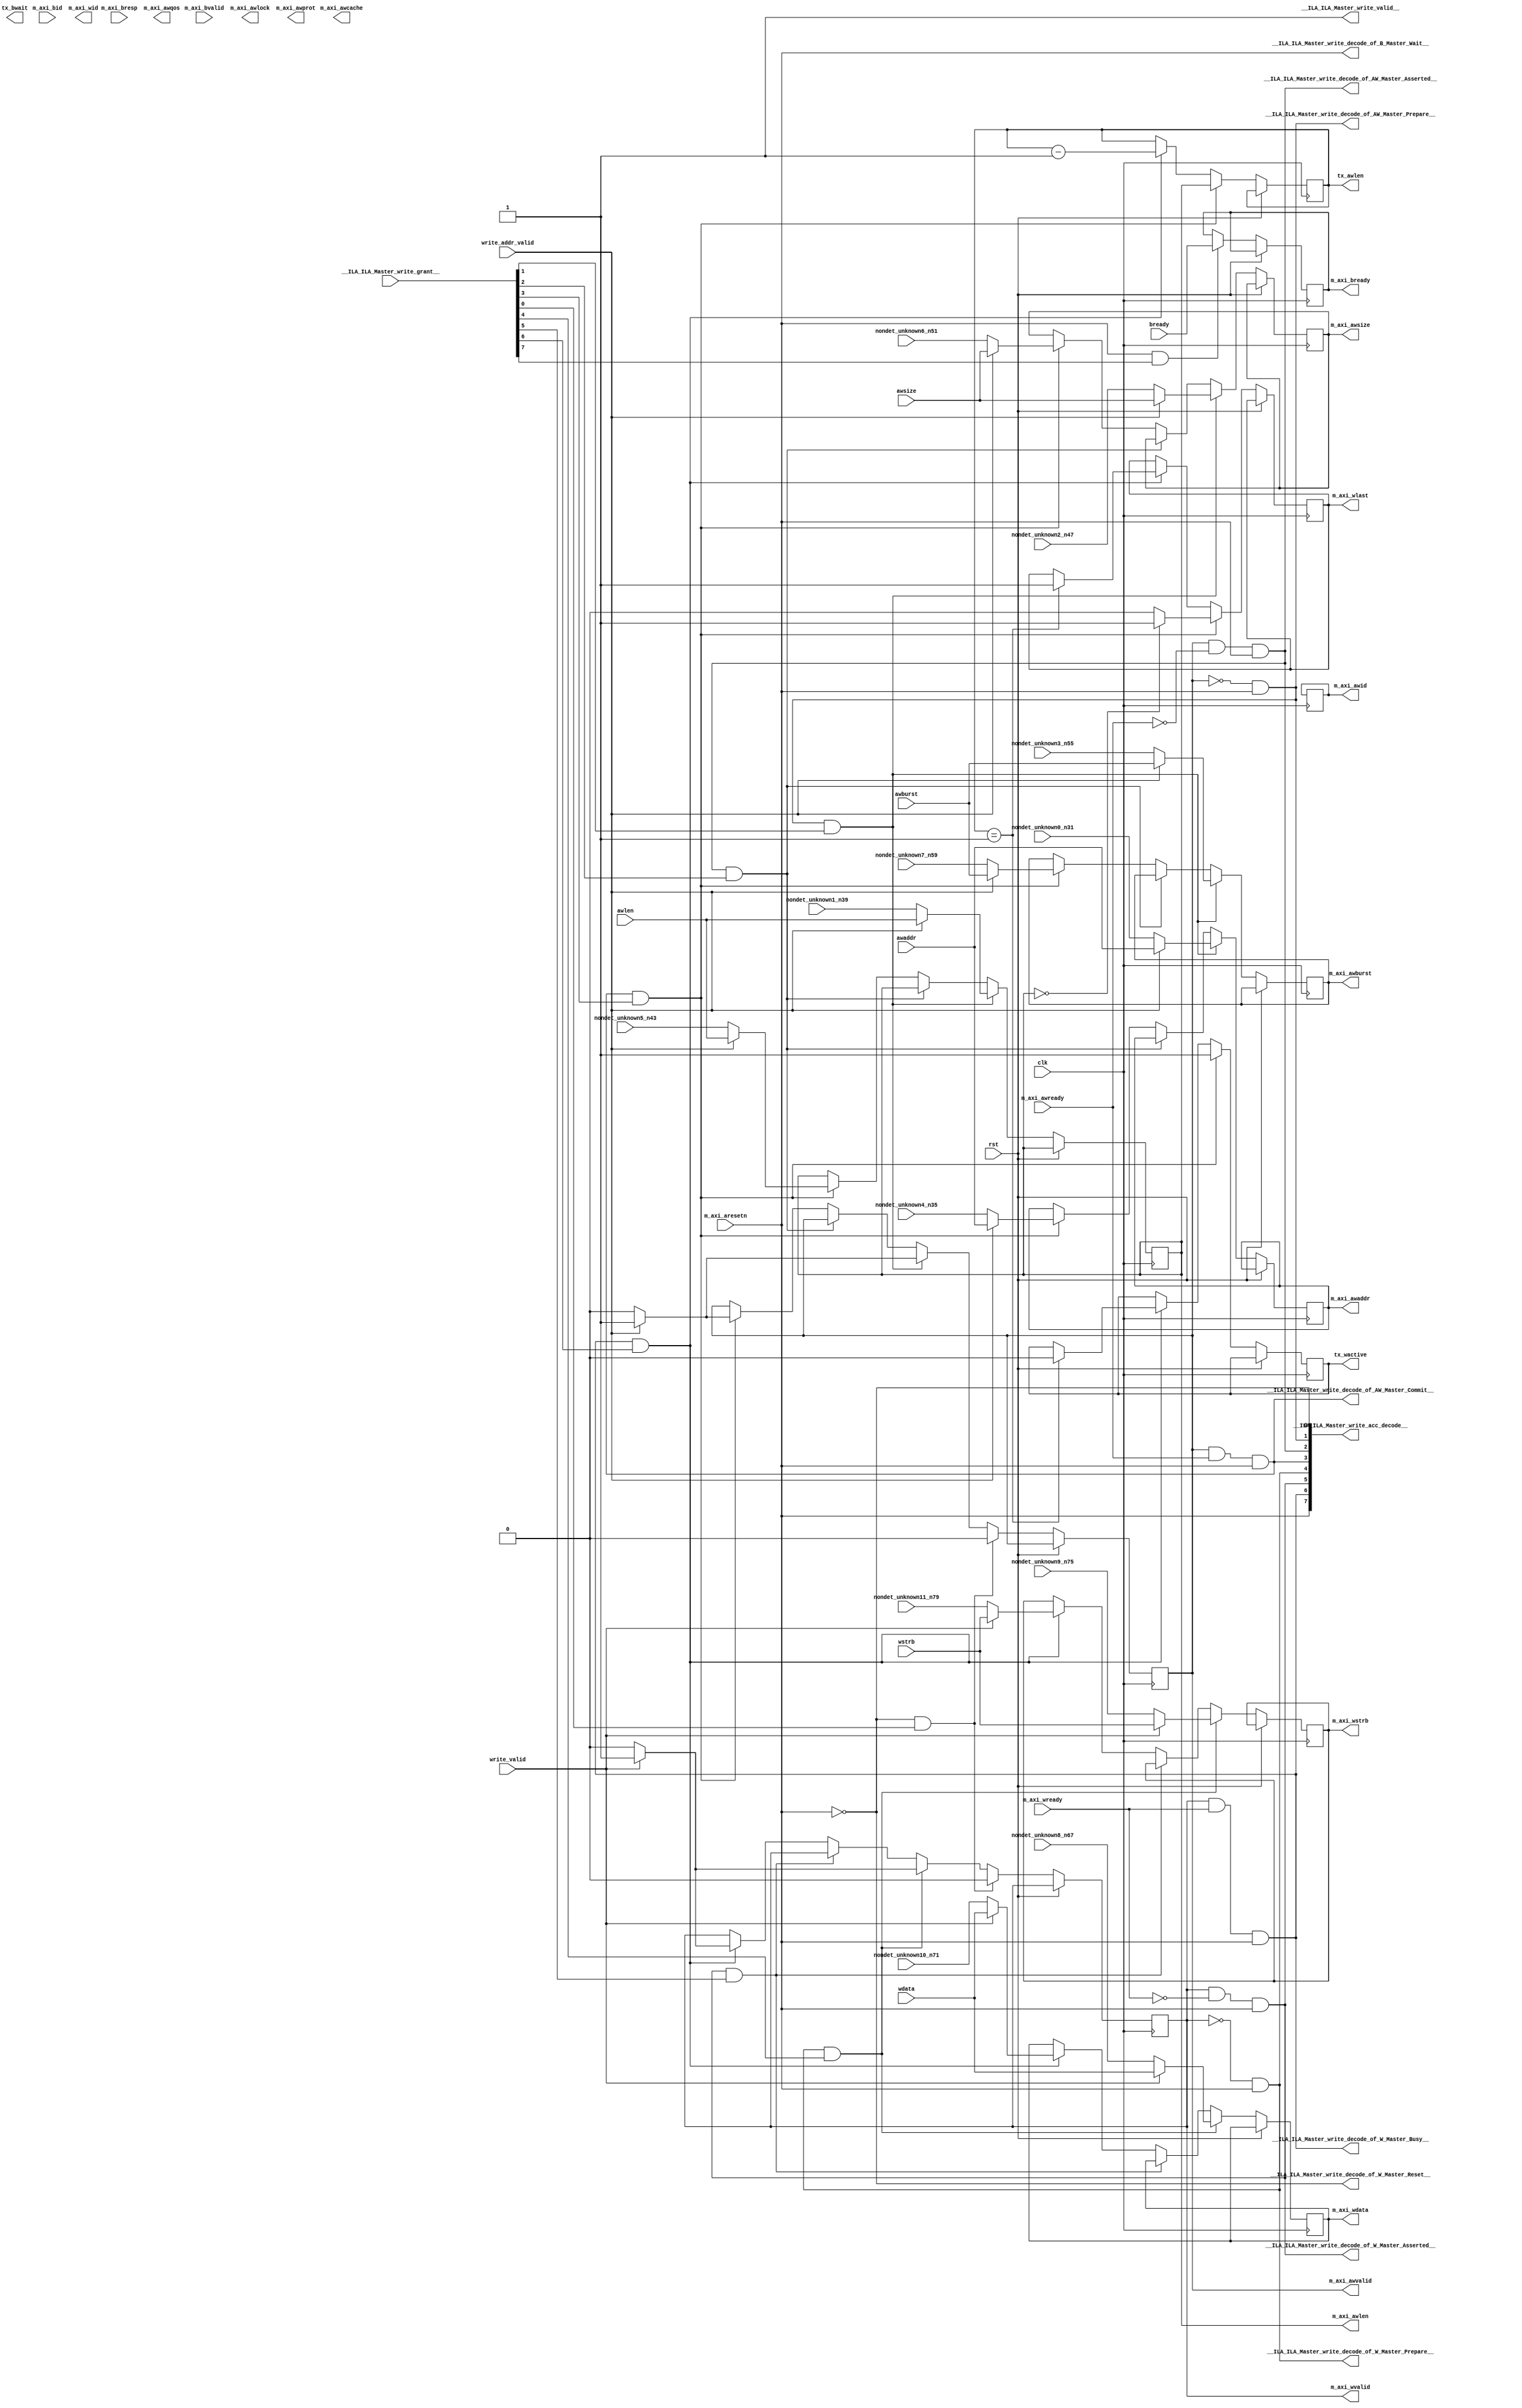
module ILA_Master_write(
__ILA_ILA_Master_write_grant__,
awaddr,
awburst,
awlen,
awsize,
bready,
clk,
m_axi_aresetn,
m_axi_awready,
m_axi_bid,
m_axi_bresp,
m_axi_bvalid,
m_axi_wready,
nondet_unknown0_n31,
nondet_unknown10_n71,
nondet_unknown11_n79,
nondet_unknown1_n39,
nondet_unknown2_n47,
nondet_unknown3_n55,
nondet_unknown4_n35,
nondet_unknown5_n43,
nondet_unknown6_n51,
nondet_unknown7_n59,
nondet_unknown8_n67,
nondet_unknown9_n75,
rst,
wdata,
write_addr_valid,
write_valid,
wstrb,
__ILA_ILA_Master_write_acc_decode__,
__ILA_ILA_Master_write_decode_of_AW_Master_Asserted__,
__ILA_ILA_Master_write_decode_of_AW_Master_Commit__,
__ILA_ILA_Master_write_decode_of_AW_Master_Prepare__,
__ILA_ILA_Master_write_decode_of_B_Master_Wait__,
__ILA_ILA_Master_write_decode_of_W_Master_Asserted__,
__ILA_ILA_Master_write_decode_of_W_Master_Busy__,
__ILA_ILA_Master_write_decode_of_W_Master_Prepare__,
__ILA_ILA_Master_write_decode_of_W_Master_Reset__,
__ILA_ILA_Master_write_valid__,
m_axi_awid,
m_axi_awaddr,
m_axi_awlen,
m_axi_awsize,
m_axi_awburst,
m_axi_awlock,
m_axi_awcache,
m_axi_awprot,
m_axi_awqos,
m_axi_awvalid,
m_axi_wid,
m_axi_wdata,
m_axi_wstrb,
m_axi_wlast,
m_axi_wvalid,
m_axi_bready,
tx_wactive,
tx_bwait,
tx_awlen
);
input      [7:0] __ILA_ILA_Master_write_grant__;
input     [31:0] awaddr;
input      [1:0] awburst;
input      [7:0] awlen;
input      [2:0] awsize;
input            bready;
input            clk;
input            m_axi_aresetn;
input            m_axi_awready;
input     [11:0] m_axi_bid;
input      [1:0] m_axi_bresp;
input            m_axi_bvalid;
input            m_axi_wready;
input     [31:0] nondet_unknown0_n31;
input     [63:0] nondet_unknown10_n71;
input      [7:0] nondet_unknown11_n79;
input      [7:0] nondet_unknown1_n39;
input      [2:0] nondet_unknown2_n47;
input      [1:0] nondet_unknown3_n55;
input     [31:0] nondet_unknown4_n35;
input      [7:0] nondet_unknown5_n43;
input      [2:0] nondet_unknown6_n51;
input      [1:0] nondet_unknown7_n59;
input     [63:0] nondet_unknown8_n67;
input      [7:0] nondet_unknown9_n75;
input            rst;
input     [63:0] wdata;
input            write_addr_valid;
input            write_valid;
input      [7:0] wstrb;
output      [7:0] __ILA_ILA_Master_write_acc_decode__;
output            __ILA_ILA_Master_write_decode_of_AW_Master_Asserted__;
output            __ILA_ILA_Master_write_decode_of_AW_Master_Commit__;
output            __ILA_ILA_Master_write_decode_of_AW_Master_Prepare__;
output            __ILA_ILA_Master_write_decode_of_B_Master_Wait__;
output            __ILA_ILA_Master_write_decode_of_W_Master_Asserted__;
output            __ILA_ILA_Master_write_decode_of_W_Master_Busy__;
output            __ILA_ILA_Master_write_decode_of_W_Master_Prepare__;
output            __ILA_ILA_Master_write_decode_of_W_Master_Reset__;
output            __ILA_ILA_Master_write_valid__;
output reg     [11:0] m_axi_awid;
output reg     [31:0] m_axi_awaddr;
output reg      [7:0] m_axi_awlen;
output reg      [2:0] m_axi_awsize;
output reg      [1:0] m_axi_awburst;
output reg            m_axi_awlock;
output reg      [3:0] m_axi_awcache;
output reg      [2:0] m_axi_awprot;
output reg      [3:0] m_axi_awqos;
output reg            m_axi_awvalid;
output reg     [11:0] m_axi_wid;
output reg     [63:0] m_axi_wdata;
output reg      [7:0] m_axi_wstrb;
output reg            m_axi_wlast;
output reg            m_axi_wvalid;
output reg            m_axi_bready;
output reg            tx_wactive;
output reg            tx_bwait;
output reg      [7:0] tx_awlen;
wire      [7:0] __ILA_ILA_Master_write_acc_decode__;
wire            __ILA_ILA_Master_write_decode_of_AW_Master_Asserted__;
wire            __ILA_ILA_Master_write_decode_of_AW_Master_Commit__;
wire            __ILA_ILA_Master_write_decode_of_AW_Master_Prepare__;
wire            __ILA_ILA_Master_write_decode_of_B_Master_Wait__;
wire            __ILA_ILA_Master_write_decode_of_W_Master_Asserted__;
wire            __ILA_ILA_Master_write_decode_of_W_Master_Busy__;
wire            __ILA_ILA_Master_write_decode_of_W_Master_Prepare__;
wire            __ILA_ILA_Master_write_decode_of_W_Master_Reset__;
wire      [7:0] __ILA_ILA_Master_write_grant__;
wire            __ILA_ILA_Master_write_valid__;
wire     [31:0] awaddr;
wire      [1:0] awburst;
wire      [7:0] awlen;
wire      [2:0] awsize;
wire            bready;
wire            bv_1_0_n0;
wire            bv_1_1_n3;
wire      [7:0] bv_8_0_n82;
wire      [7:0] bv_8_1_n85;
wire            clk;
wire            m_axi_aresetn;
wire            m_axi_awready;
wire     [11:0] m_axi_bid;
wire      [1:0] m_axi_bresp;
wire            m_axi_bvalid;
wire            m_axi_wready;
wire            n1;
wire            n10;
wire            n11;
wire            n12;
wire            n13;
wire            n14;
wire            n15;
wire            n16;
wire            n17;
wire            n18;
wire            n19;
wire            n2;
wire            n20;
wire            n21;
wire            n22;
wire            n23;
wire            n24;
wire            n25;
wire            n26;
wire            n27;
wire            n28;
wire            n29;
wire            n30;
wire     [31:0] n32;
wire     [31:0] n33;
wire            n34;
wire     [31:0] n36;
wire     [31:0] n37;
wire            n38;
wire            n4;
wire      [7:0] n40;
wire      [7:0] n41;
wire            n42;
wire      [7:0] n44;
wire      [7:0] n45;
wire            n46;
wire      [2:0] n48;
wire      [2:0] n49;
wire            n5;
wire            n50;
wire      [2:0] n52;
wire      [2:0] n53;
wire            n54;
wire      [1:0] n56;
wire      [1:0] n57;
wire            n58;
wire            n6;
wire      [1:0] n60;
wire      [1:0] n61;
wire            n62;
wire            n63;
wire            n64;
wire            n65;
wire            n66;
wire     [63:0] n68;
wire     [63:0] n69;
wire            n7;
wire            n70;
wire     [63:0] n72;
wire     [63:0] n73;
wire            n74;
wire      [7:0] n76;
wire      [7:0] n77;
wire            n78;
wire            n8;
wire      [7:0] n80;
wire      [7:0] n81;
wire            n83;
wire            n84;
wire            n86;
wire            n87;
wire            n88;
wire            n89;
wire            n9;
wire            n90;
wire            n91;
wire            n92;
wire            n93;
wire      [7:0] n94;
wire     [31:0] nondet_unknown0_n31;
wire     [63:0] nondet_unknown10_n71;
wire      [7:0] nondet_unknown11_n79;
wire      [7:0] nondet_unknown1_n39;
wire      [2:0] nondet_unknown2_n47;
wire      [1:0] nondet_unknown3_n55;
wire     [31:0] nondet_unknown4_n35;
wire      [7:0] nondet_unknown5_n43;
wire      [2:0] nondet_unknown6_n51;
wire      [1:0] nondet_unknown7_n59;
wire     [63:0] nondet_unknown8_n67;
wire      [7:0] nondet_unknown9_n75;
wire            rst;
wire     [63:0] wdata;
wire            write_addr_valid;
wire            write_valid;
wire      [7:0] wstrb;
assign __ILA_ILA_Master_write_valid__ = 1'b1 ;
assign bv_1_0_n0 = 1'h0 ;
assign n1 =  ( m_axi_aresetn ) == ( bv_1_0_n0 )  ;
assign __ILA_ILA_Master_write_decode_of_W_Master_Reset__ = n1 ;
assign __ILA_ILA_Master_write_acc_decode__[0] = __ILA_ILA_Master_write_decode_of_W_Master_Reset__ ;
assign n2 =  ( m_axi_awvalid ) == ( bv_1_0_n0 )  ;
assign bv_1_1_n3 = 1'h1 ;
assign n4 =  ( m_axi_aresetn ) == ( bv_1_1_n3 )  ;
assign n5 =  ( n2 ) & (n4 )  ;
assign __ILA_ILA_Master_write_decode_of_AW_Master_Prepare__ = n5 ;
assign __ILA_ILA_Master_write_acc_decode__[1] = __ILA_ILA_Master_write_decode_of_AW_Master_Prepare__ ;
assign n6 =  ( m_axi_awvalid ) == ( bv_1_1_n3 )  ;
assign n7 =  ( m_axi_awready ) == ( bv_1_0_n0 )  ;
assign n8 =  ( n6 ) & (n7 )  ;
assign n9 =  ( m_axi_aresetn ) == ( bv_1_1_n3 )  ;
assign n10 =  ( n8 ) & (n9 )  ;
assign __ILA_ILA_Master_write_decode_of_AW_Master_Asserted__ = n10 ;
assign __ILA_ILA_Master_write_acc_decode__[2] = __ILA_ILA_Master_write_decode_of_AW_Master_Asserted__ ;
assign n11 =  ( m_axi_awvalid ) == ( bv_1_1_n3 )  ;
assign n12 =  ( m_axi_awready ) == ( bv_1_1_n3 )  ;
assign n13 =  ( n11 ) & (n12 )  ;
assign n14 =  ( m_axi_aresetn ) == ( bv_1_1_n3 )  ;
assign n15 =  ( n13 ) & (n14 )  ;
assign __ILA_ILA_Master_write_decode_of_AW_Master_Commit__ = n15 ;
assign __ILA_ILA_Master_write_acc_decode__[3] = __ILA_ILA_Master_write_decode_of_AW_Master_Commit__ ;
assign n16 =  ( m_axi_wvalid ) == ( bv_1_0_n0 )  ;
assign n17 =  ( m_axi_aresetn ) == ( bv_1_1_n3 )  ;
assign n18 =  ( n16 ) & (n17 )  ;
assign __ILA_ILA_Master_write_decode_of_W_Master_Prepare__ = n18 ;
assign __ILA_ILA_Master_write_acc_decode__[4] = __ILA_ILA_Master_write_decode_of_W_Master_Prepare__ ;
assign n19 =  ( m_axi_wvalid ) == ( bv_1_1_n3 )  ;
assign n20 =  ( m_axi_wready ) == ( bv_1_0_n0 )  ;
assign n21 =  ( n19 ) & (n20 )  ;
assign n22 =  ( m_axi_aresetn ) == ( bv_1_1_n3 )  ;
assign n23 =  ( n21 ) & (n22 )  ;
assign __ILA_ILA_Master_write_decode_of_W_Master_Asserted__ = n23 ;
assign __ILA_ILA_Master_write_acc_decode__[5] = __ILA_ILA_Master_write_decode_of_W_Master_Asserted__ ;
assign n24 =  ( m_axi_wvalid ) == ( bv_1_1_n3 )  ;
assign n25 =  ( m_axi_wready ) == ( bv_1_1_n3 )  ;
assign n26 =  ( n24 ) & (n25 )  ;
assign n27 =  ( m_axi_aresetn ) == ( bv_1_1_n3 )  ;
assign n28 =  ( n26 ) & (n27 )  ;
assign __ILA_ILA_Master_write_decode_of_W_Master_Busy__ = n28 ;
assign __ILA_ILA_Master_write_acc_decode__[6] = __ILA_ILA_Master_write_decode_of_W_Master_Busy__ ;
assign n29 =  ( m_axi_aresetn ) == ( bv_1_1_n3 )  ;
assign __ILA_ILA_Master_write_decode_of_B_Master_Wait__ = n29 ;
assign __ILA_ILA_Master_write_acc_decode__[7] = __ILA_ILA_Master_write_decode_of_B_Master_Wait__ ;
assign n30 =  ( write_addr_valid ) == ( bv_1_1_n3 )  ;
assign n32 = nondet_unknown0_n31 ;
assign n33 =  ( n30 ) ? ( awaddr ) : ( n32 ) ;
assign n34 =  ( write_addr_valid ) == ( bv_1_1_n3 )  ;
assign n36 = nondet_unknown4_n35 ;
assign n37 =  ( n34 ) ? ( awaddr ) : ( n36 ) ;
assign n38 =  ( write_addr_valid ) == ( bv_1_1_n3 )  ;
assign n40 = nondet_unknown1_n39 ;
assign n41 =  ( n38 ) ? ( awlen ) : ( n40 ) ;
assign n42 =  ( write_addr_valid ) == ( bv_1_1_n3 )  ;
assign n44 = nondet_unknown5_n43 ;
assign n45 =  ( n42 ) ? ( awlen ) : ( n44 ) ;
assign n46 =  ( write_addr_valid ) == ( bv_1_1_n3 )  ;
assign n48 = nondet_unknown2_n47 ;
assign n49 =  ( n46 ) ? ( awsize ) : ( n48 ) ;
assign n50 =  ( write_addr_valid ) == ( bv_1_1_n3 )  ;
assign n52 = nondet_unknown6_n51 ;
assign n53 =  ( n50 ) ? ( awsize ) : ( n52 ) ;
assign n54 =  ( write_addr_valid ) == ( bv_1_1_n3 )  ;
assign n56 = nondet_unknown3_n55 ;
assign n57 =  ( n54 ) ? ( awburst ) : ( n56 ) ;
assign n58 =  ( write_addr_valid ) == ( bv_1_1_n3 )  ;
assign n60 = nondet_unknown7_n59 ;
assign n61 =  ( n58 ) ? ( awburst ) : ( n60 ) ;
assign n62 =  ( write_addr_valid ) == ( bv_1_1_n3 )  ;
assign n63 =  ( n62 ) ? ( bv_1_1_n3 ) : ( bv_1_0_n0 ) ;
assign n64 =  ( write_addr_valid ) == ( bv_1_1_n3 )  ;
assign n65 =  ( n64 ) ? ( bv_1_1_n3 ) : ( bv_1_0_n0 ) ;
assign n66 =  ( write_valid ) == ( bv_1_1_n3 )  ;
assign n68 = nondet_unknown8_n67 ;
assign n69 =  ( n66 ) ? ( wdata ) : ( n68 ) ;
assign n70 =  ( write_valid ) == ( bv_1_1_n3 )  ;
assign n72 = nondet_unknown10_n71 ;
assign n73 =  ( n70 ) ? ( wdata ) : ( n72 ) ;
assign n74 =  ( write_valid ) == ( bv_1_1_n3 )  ;
assign n76 = nondet_unknown9_n75 ;
assign n77 =  ( n74 ) ? ( wstrb ) : ( n76 ) ;
assign n78 =  ( write_valid ) == ( bv_1_1_n3 )  ;
assign n80 = nondet_unknown11_n79 ;
assign n81 =  ( n78 ) ? ( wstrb ) : ( n80 ) ;
assign bv_8_0_n82 = 8'h0 ;
assign n83 =  ( m_axi_awlen ) == ( bv_8_0_n82 )  ;
assign n84 =  ( n83 ) ? ( bv_1_1_n3 ) : ( bv_1_0_n0 ) ;
assign bv_8_1_n85 = 8'h1 ;
assign n86 =  ( tx_awlen ) == ( bv_8_1_n85 )  ;
assign n87 =  ( n86 ) ? ( bv_1_1_n3 ) : ( m_axi_wlast ) ;
assign n88 =  ( write_valid ) == ( bv_1_1_n3 )  ;
assign n89 =  ( n88 ) ? ( bv_1_1_n3 ) : ( bv_1_0_n0 ) ;
assign n90 =  ( write_valid ) == ( bv_1_1_n3 )  ;
assign n91 =  ( n90 ) ? ( bv_1_1_n3 ) : ( bv_1_0_n0 ) ;
assign n92 =  ( tx_awlen ) == ( bv_8_1_n85 )  ;
assign n93 =  ( n92 ) ? ( bv_1_0_n0 ) : ( tx_wactive ) ;
assign n94 =  ( tx_awlen ) - ( bv_8_1_n85 )  ;
always @(posedge clk) begin
   if(rst) begin
   end
   else if(__ILA_ILA_Master_write_valid__) begin
       if ( __ILA_ILA_Master_write_decode_of_AW_Master_Asserted__ && __ILA_ILA_Master_write_grant__[2] ) begin
           m_axi_awid <= m_axi_awid;
       end
       if ( __ILA_ILA_Master_write_decode_of_AW_Master_Prepare__ && __ILA_ILA_Master_write_grant__[1] ) begin
           m_axi_awaddr <= n33;
       end else if ( __ILA_ILA_Master_write_decode_of_AW_Master_Asserted__ && __ILA_ILA_Master_write_grant__[2] ) begin
           m_axi_awaddr <= m_axi_awaddr;
       end else if ( __ILA_ILA_Master_write_decode_of_AW_Master_Commit__ && __ILA_ILA_Master_write_grant__[3] ) begin
           m_axi_awaddr <= n37;
       end
       if ( __ILA_ILA_Master_write_decode_of_AW_Master_Prepare__ && __ILA_ILA_Master_write_grant__[1] ) begin
           m_axi_awlen <= n41;
       end else if ( __ILA_ILA_Master_write_decode_of_AW_Master_Asserted__ && __ILA_ILA_Master_write_grant__[2] ) begin
           m_axi_awlen <= m_axi_awlen;
       end else if ( __ILA_ILA_Master_write_decode_of_AW_Master_Commit__ && __ILA_ILA_Master_write_grant__[3] ) begin
           m_axi_awlen <= n45;
       end
       if ( __ILA_ILA_Master_write_decode_of_AW_Master_Prepare__ && __ILA_ILA_Master_write_grant__[1] ) begin
           m_axi_awsize <= n49;
       end else if ( __ILA_ILA_Master_write_decode_of_AW_Master_Asserted__ && __ILA_ILA_Master_write_grant__[2] ) begin
           m_axi_awsize <= m_axi_awsize;
       end else if ( __ILA_ILA_Master_write_decode_of_AW_Master_Commit__ && __ILA_ILA_Master_write_grant__[3] ) begin
           m_axi_awsize <= n53;
       end
       if ( __ILA_ILA_Master_write_decode_of_AW_Master_Prepare__ && __ILA_ILA_Master_write_grant__[1] ) begin
           m_axi_awburst <= n57;
       end else if ( __ILA_ILA_Master_write_decode_of_AW_Master_Asserted__ && __ILA_ILA_Master_write_grant__[2] ) begin
           m_axi_awburst <= m_axi_awburst;
       end else if ( __ILA_ILA_Master_write_decode_of_AW_Master_Commit__ && __ILA_ILA_Master_write_grant__[3] ) begin
           m_axi_awburst <= n61;
       end
       if ( __ILA_ILA_Master_write_decode_of_W_Master_Reset__ && __ILA_ILA_Master_write_grant__[0] ) begin
           m_axi_awvalid <= bv_1_0_n0;
       end else if ( __ILA_ILA_Master_write_decode_of_AW_Master_Prepare__ && __ILA_ILA_Master_write_grant__[1] ) begin
           m_axi_awvalid <= n63;
       end else if ( __ILA_ILA_Master_write_decode_of_AW_Master_Asserted__ && __ILA_ILA_Master_write_grant__[2] ) begin
           m_axi_awvalid <= m_axi_awvalid;
       end else if ( __ILA_ILA_Master_write_decode_of_AW_Master_Commit__ && __ILA_ILA_Master_write_grant__[3] ) begin
           m_axi_awvalid <= n65;
       end
       if ( __ILA_ILA_Master_write_decode_of_W_Master_Prepare__ && __ILA_ILA_Master_write_grant__[4] ) begin
           m_axi_wdata <= n69;
       end else if ( __ILA_ILA_Master_write_decode_of_W_Master_Asserted__ && __ILA_ILA_Master_write_grant__[5] ) begin
           m_axi_wdata <= m_axi_wdata;
       end else if ( __ILA_ILA_Master_write_decode_of_W_Master_Busy__ && __ILA_ILA_Master_write_grant__[6] ) begin
           m_axi_wdata <= n73;
       end
       if ( __ILA_ILA_Master_write_decode_of_W_Master_Prepare__ && __ILA_ILA_Master_write_grant__[4] ) begin
           m_axi_wstrb <= n77;
       end else if ( __ILA_ILA_Master_write_decode_of_W_Master_Asserted__ && __ILA_ILA_Master_write_grant__[5] ) begin
           m_axi_wstrb <= m_axi_wstrb;
       end else if ( __ILA_ILA_Master_write_decode_of_W_Master_Busy__ && __ILA_ILA_Master_write_grant__[6] ) begin
           m_axi_wstrb <= n81;
       end
       if ( __ILA_ILA_Master_write_decode_of_AW_Master_Commit__ && __ILA_ILA_Master_write_grant__[3] ) begin
           m_axi_wlast <= n84;
       end else if ( __ILA_ILA_Master_write_decode_of_W_Master_Busy__ && __ILA_ILA_Master_write_grant__[6] ) begin
           m_axi_wlast <= n87;
       end
       if ( __ILA_ILA_Master_write_decode_of_W_Master_Reset__ && __ILA_ILA_Master_write_grant__[0] ) begin
           m_axi_wvalid <= bv_1_0_n0;
       end else if ( __ILA_ILA_Master_write_decode_of_W_Master_Prepare__ && __ILA_ILA_Master_write_grant__[4] ) begin
           m_axi_wvalid <= n89;
       end else if ( __ILA_ILA_Master_write_decode_of_W_Master_Asserted__ && __ILA_ILA_Master_write_grant__[5] ) begin
           m_axi_wvalid <= m_axi_wvalid;
       end else if ( __ILA_ILA_Master_write_decode_of_W_Master_Busy__ && __ILA_ILA_Master_write_grant__[6] ) begin
           m_axi_wvalid <= n91;
       end
       if ( __ILA_ILA_Master_write_decode_of_B_Master_Wait__ && __ILA_ILA_Master_write_grant__[7] ) begin
           m_axi_bready <= bready;
       end
       if ( __ILA_ILA_Master_write_decode_of_AW_Master_Commit__ && __ILA_ILA_Master_write_grant__[3] ) begin
           tx_wactive <= bv_1_1_n3;
       end else if ( __ILA_ILA_Master_write_decode_of_W_Master_Busy__ && __ILA_ILA_Master_write_grant__[6] ) begin
           tx_wactive <= n93;
       end
       if ( __ILA_ILA_Master_write_decode_of_AW_Master_Commit__ && __ILA_ILA_Master_write_grant__[3] ) begin
           tx_awlen <= m_axi_awlen;
       end else if ( __ILA_ILA_Master_write_decode_of_W_Master_Busy__ && __ILA_ILA_Master_write_grant__[6] ) begin
           tx_awlen <= n94;
       end
   end
end
endmodule